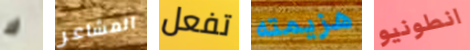
ك المشاعر تفعل هزيمته انطونيو